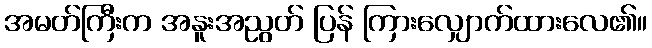
အမတ်ကြီးက အနူးအညွတ် ပြန် ကြားလျှောက်ထားလေ၏။